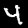
Digit: 4